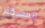
انفسكم